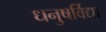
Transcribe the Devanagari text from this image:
धनुषर्विद्या